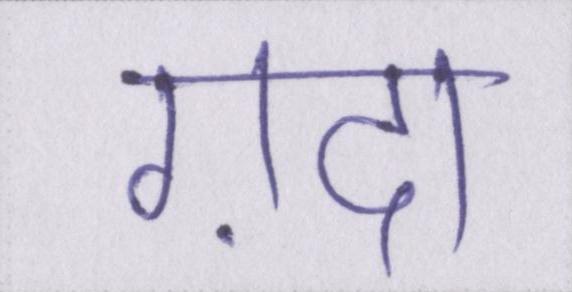
ग़दर